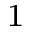
^ 1